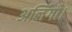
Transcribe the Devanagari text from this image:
अलिंगी।